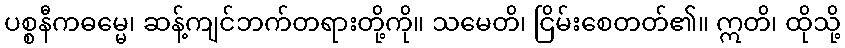
ပစ္စနီကဓမ္မေ၊ ဆန့်ကျင်ဘက်တရားတို့ကို။ သမေတိ၊ ငြိမ်းစေတတ်၏။ ဣတိ၊ ထိုသို့